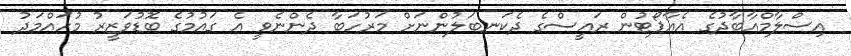
އިސްލާމްއާބާދުގެ އެއާޕޯޓުން ރައީސްގެ ދެކަނބަލުންނަށް މަރުހަބާ ދެންނެވީ އެ ގައުމުގެ ބޮޑުވަޒީރު މުހައްމަދު